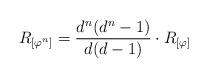
LaTeX: \begin{align*} R_{[\varphi^n]} = \frac{d^n(d^n-1)}{d(d-1)} \cdot R_{[\varphi]}\end{align*}